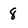
Character: 8